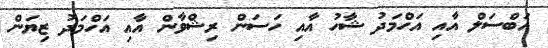
އަބްސަލް އާއި އަހްމަދު ޝާހު އާއި ހަސަން ރިޝްވާން އާއި އަހްމަދު ޒިޔަން